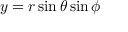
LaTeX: y = r \sin \theta \sin \phi